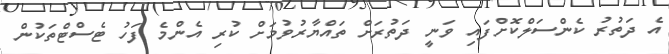
އެ ދަތުރު ކެންސަލްކޮށްފައި ވަނީ ދަތުރަށް ތައްޔާރުވުމަށް ކުރި އެންމެ ފަހު ޓެސްޓްތަކުން